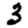
Digit: 3